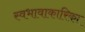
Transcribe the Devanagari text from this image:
स्वभावाकारिका